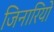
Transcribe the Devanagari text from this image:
जिनारियो